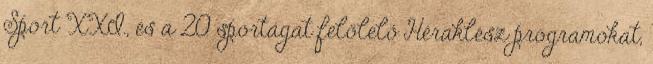
Sport XXI., és a 20 sportágat felölelő Héraklész programokat,